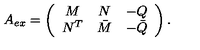
A _ { e x } = \left( \begin{array} { c c c } { M } & { N } & { - Q } \\ { N ^ { T } } & { \bar { M } } & { - \bar { Q } } \\ \end{array} \right) .